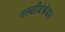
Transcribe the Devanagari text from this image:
मल्टीडेकेडल